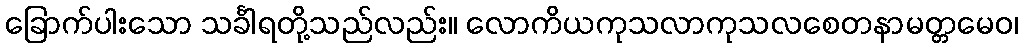
ခြောက်ပါးသော သင်္ခါရတို့သည်လည်း။ လောကိယကုသလာကုသလစေတနာမတ္တမေဝ၊